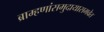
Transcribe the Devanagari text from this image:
ब्राम्हणांसमुदायासमवेत